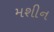
મશીન